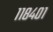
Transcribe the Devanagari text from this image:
११८४०१